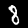
Digit: 8